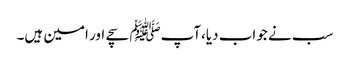
سب نے جواب دیا،آپﷺ سچے اور امین ہیں۔